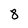
Character: 8